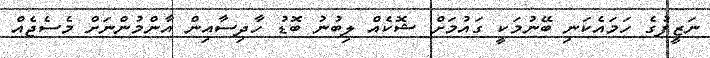
ނަޒީފުގެ ހަމައެކަނި ބޭނުމަކީ ގައުމަށް ޝޮކެއް ލިބުނު ބޮޑު ހާދިސާއިން އާންމުންނަށް މެސެޖެއް